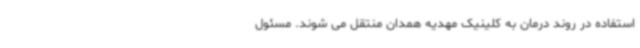
استفاده در روند درمان به کلینیک مهدیه همدان منتقل می شوند. مسئول